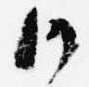
御